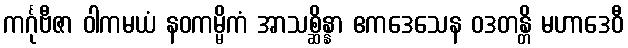
ကင်္ဂုဗီဇာ ဝါကမယံ နဝကမ္မိကံ အာသစ္ဆိန္နာ ဧကဒေသေန ဝဒတန္တိ မဟာဒေဝီ